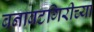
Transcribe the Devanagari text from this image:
बनावटगिरीच्या